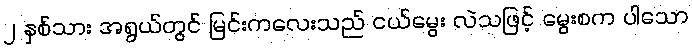
၂ နှစ်သား အရွယ်တွင် မြင်းကလေးသည် ငယ်မွေး လဲသဖြင့် မွေးစက ပါသော